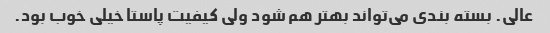
عالی. بسته بندی می‌تواند بهتر هم شود ولی کیفیت پاستا خیلی خوب بود.